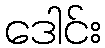
ဒေါင်း